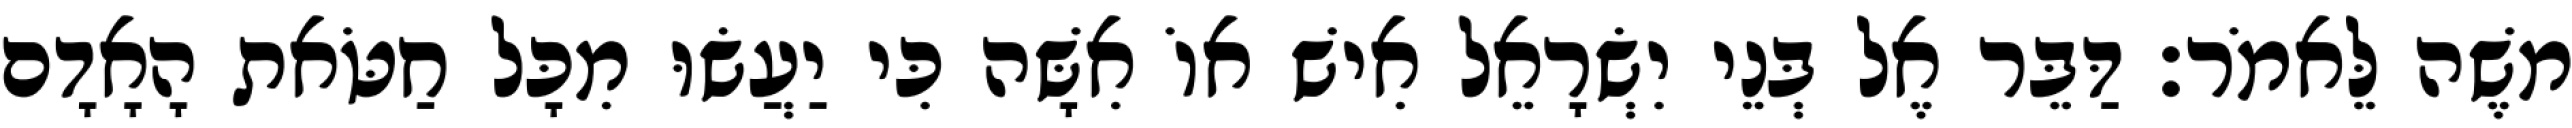
משֶׁה לֵּאמֹר׃ דַּבֵּר אֶל בְּנֵי יִשְׂרָאֵל אִישׁ אוֹ אִשָּׁה כִּי יַעֲשׂוּ מִכָּל חַטֹּאת הָאָדָם